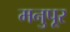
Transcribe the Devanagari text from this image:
मनुपूर